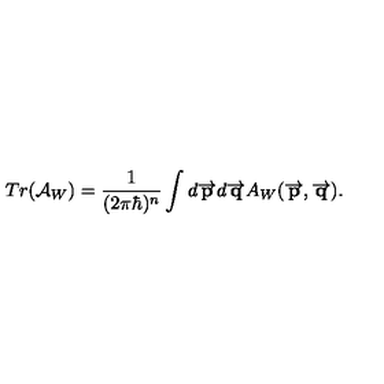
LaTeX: T r ( \mathcal { A } _ { W } ) = { \frac { 1 } { ( 2 \pi \hbar ) ^ { n } } } \int d \overrightarrow { { \bf p } } d \overrightarrow { { \bf q } } A _ { W } ( \overrightarrow { { \bf p } } , \overrightarrow { { \bf q } } ) .